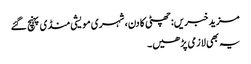
مزید خبریں:چھٹی کا دن، شہری مویشی منڈی پہنچ گئے
یہ بھی لازمی پڑھیں۔